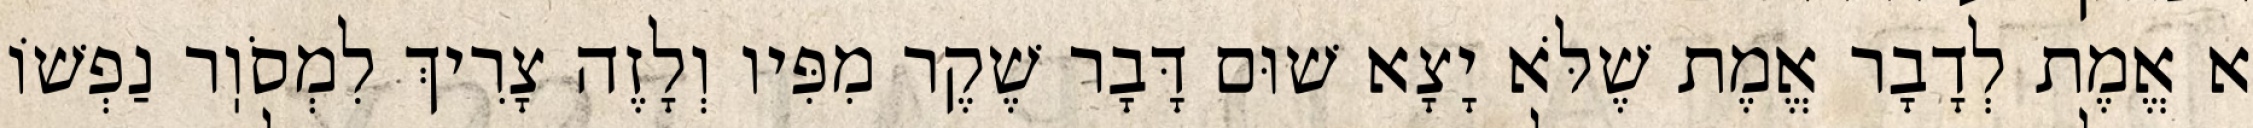
א אֱמֶת לְדָבָר אֱמֶת שֶׁלֹּא יָצָא שׁוּם דָּבָר שֶׁקֶר מִפִּיו וְלָזֶה צָרִיךְ לִמְסֹוֽר נַפְשׁוֹ